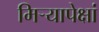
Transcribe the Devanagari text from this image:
मिऱ्यापेक्षां